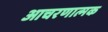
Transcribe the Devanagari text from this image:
आचरणात्मक